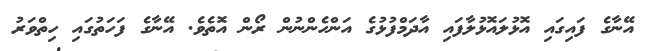
އޭނާގެ ފައިގައި އޮޅުލައޮޅުލާފައި އާދަމްފުޅުގެ އަންހެންނުން ރޯން އޮތެވެ. އޭނާގެ ފަހަތުގައި ހިތްވަރު